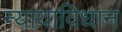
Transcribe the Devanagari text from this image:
न्यायाविधान